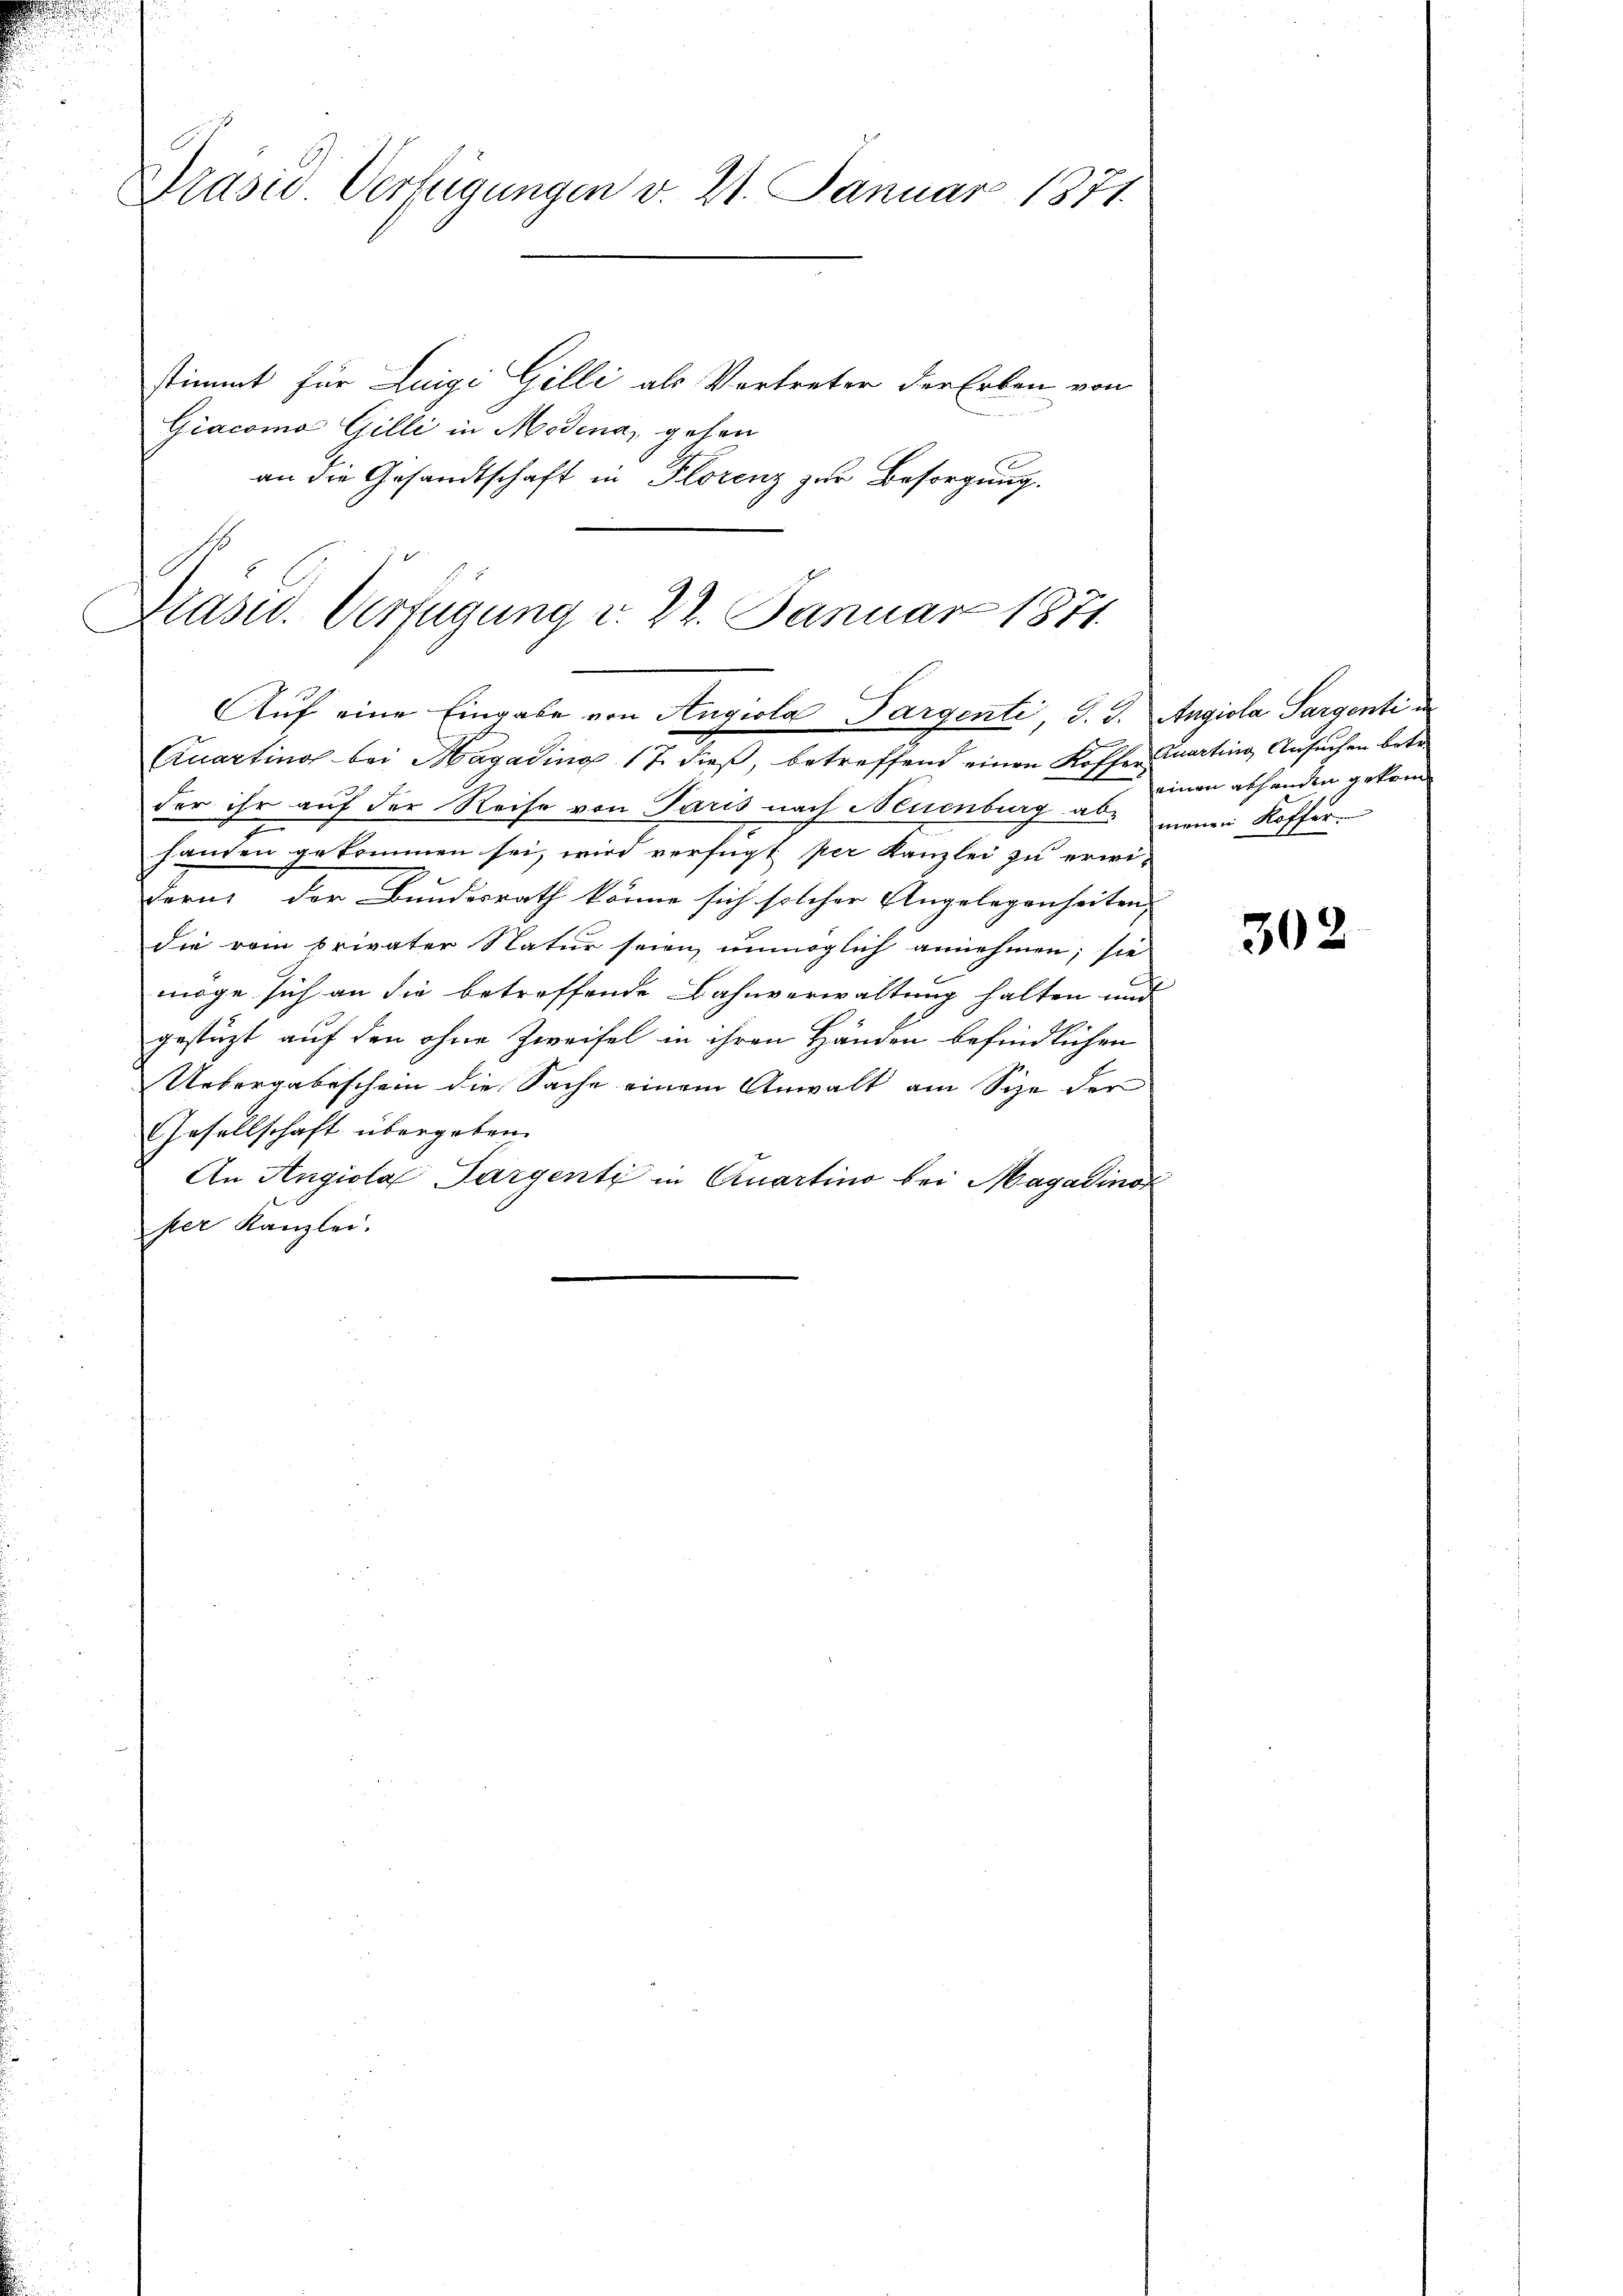
.
n

stimmt für Luigi Gilli als Vertreter der Erben von
Giacomo Gilli in Modena, gehen
an die Gesandtschaft in Florenz zur Besorgung.
A
Dasid. Verfügung v. 22. Januar 1871

Prasic. Verfügungen v. 21. Januar 1871.

Auf eine Eingabe von Angiola Pargenti, J. J. Angiola Sargenti i

der ihr auf der Reise von Paris nach Neuenburg ab, meinen Koffer
handen gekommen sei, wird verfügt per Kanzlei zu erwi-
dern der Bundesrath könne sich solcher Angelegenheiten,
die vom privater Natur seien unmöglich annehmen; sie
möge sich an die betroffende Bahnverwaltung halten und
gestützt auf den ohne Zweifel in ihren Händen befindlichen
Uebergabeschein die Sache einem Anwalt am Size der
Gesellschaft übergeben.
An Angiola Pargenti in Quartino bei Magadinor
per Kanzlei.

Quartinos bei Hagading 17. dieß, betreffend einen Koffen Quarting Ansuchen betr

einen abhanden gekom

302